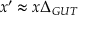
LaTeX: x ^ { \prime } \approx x \Delta _ { G U T }